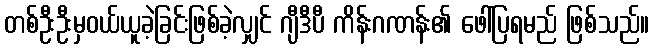
တစ်ဦးဦးမှဝယ်ယူခဲ့ခြင်းဖြစ်ခဲ့လျှင် ဂျီဒီပီ ကိန်းဂဏန်း၏ ဖေါ်ပြရမည် ဖြစ်သည်။